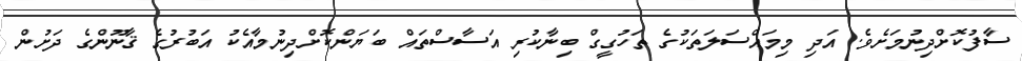
ސާފުކޮށްދިނުމަށެވެ. އަދި މިމައްސަލަތަކުގެ ތަހުގީގް ބިނާކުރި އަސާސްތައް ބަޔަންކޮށްދިނުމާއެކު އަބުރުގެ ޤާނޫންގެ ދަށުން